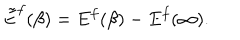
LaTeX: \tilde { E } ^ { f } ( \beta ) = E ^ { f } ( \beta ) - E ^ { f } ( \infty ) .